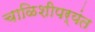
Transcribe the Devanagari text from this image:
चाळिशीपर्यंत